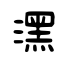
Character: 潶